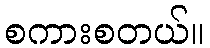
စကားစတယ်။